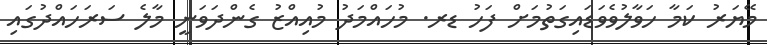
މޭޔަރު ކަމާ ހަވާލުވެވަޑައިގަތުމަށް ފަހު ޑރ. މުހައްމަދު މުއިއްޒު ގެންދަވަނީ މާލެ ސަރަހައްދުގައި